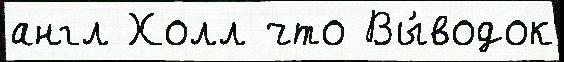
англ Холл что Вы́водок